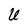
Character: U